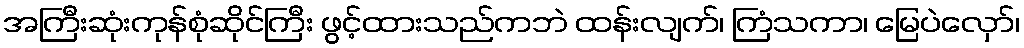
အကြီးဆုံးကုန်စုံဆိုင်ကြီး ဖွင့်ထားသည်ကဘဲ ထန်းလျက်၊ ကြံသကာ၊ မြေပဲလှော်၊